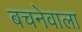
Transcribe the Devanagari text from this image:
बचनेवाला